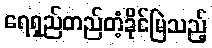
ရေရှည်တည်တံ့ခိုင်မြဲသည့်